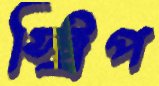
স্ট্রিপ